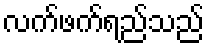
လက်ဖက်ရည်သည်